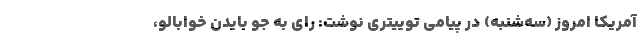
آمریکا امروز (سه‌شنبه) در پیامی توییتری نوشت: رای به جو بایدن خوابالو،